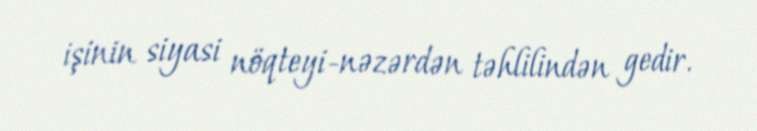
işinin siyasi nöqteyi-nəzərdən təhlilindən gedir.